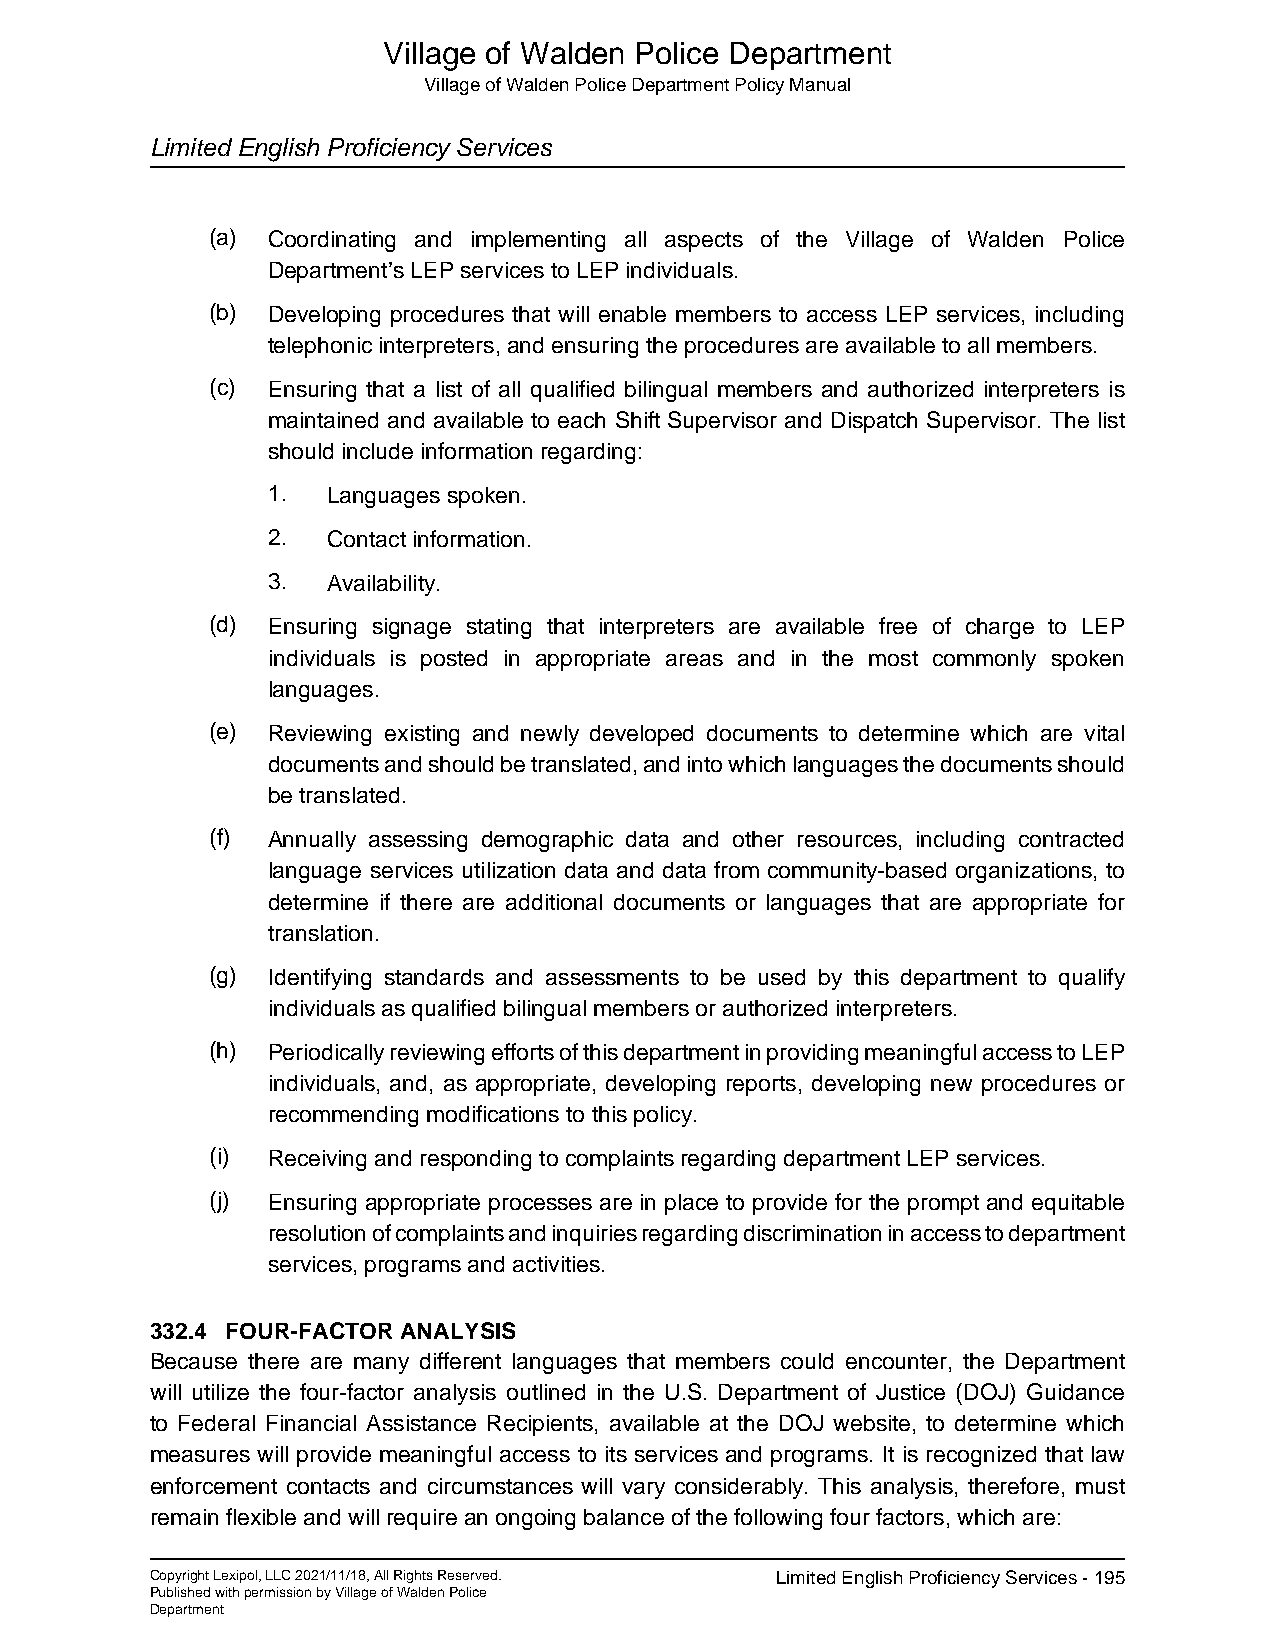
Village of Walden Police Department
 Village of Walden Police Department Policy Manual
 Limited English Proficiency Services
 (a) Coordinating and implementing all aspects of the Village of Walden Police
 Department’s LEP services to LEP individuals.
 (b) Developing procedures that will enable members to access LEP services, including
 telephonic interpreters, and ensuring the procedures are available to all members.
 (c) Ensuring that a list of all qualified bilingual members and authorized interpreters is
 maintained and available to each Shift Supervisor and Dispatch Supervisor. The list
 should include information regarding:
 1.  Languages spoken.
 2.  Contact information.
 3.  Availability.
 (d) Ensuring signage stating that interpreters are available free of charge to LEP
 individuals is posted in appropriate areas and in the most commonly spoken
 languages.
 (e) Reviewing existing and newly developed documents to determine which are vital
 documents and should be translated, and into which languages the documents should
 be translated.
 (f) Annually assessing demographic data and other resources, including contracted
 language services utilization data and data from community-based organizations, to
 determine if there are additional documents or languages that are appropriate for
 translation.
 (g) Identifying standards and assessments to be used by this department to qualify
 individuals as qualified bilingual members or authorized interpreters.
 (h) Periodically reviewing efforts of this department in providing meaningful access to LEP
 individuals, and, as appropriate, developing reports, developing new procedures or
 recommending modifications to this policy.
 (i) Receiving and responding to complaints regarding department LEP services.
 (j) Ensuring appropriate processes are in place to provide for the prompt and equitable
 resolution of complaints and inquiries regarding discrimination in access to department
 services, programs and activities.
 332.4 FOUR-FACTOR ANALYSIS
 Because there are many different languages that members could encounter, the Department
 will utilize the four-factor analysis outlined in the U.S. Department of Justice (DOJ) Guidance
 to Federal Financial Assistance Recipients, available at the DOJ website, to determine which
 measures will provide meaningful access to its services and programs. It is recognized that law
 enforcement contacts and circumstances will vary considerably. This analysis, therefore, must
 remain flexible and will require an ongoing balance of the following four factors, which are:
 Copyright Lexipol, LLC 2021/11/18, All Rights Reserved. Limited English Proficiency Services - 195
 Published with permission by Village of Walden Police
 Department